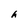
Character: h